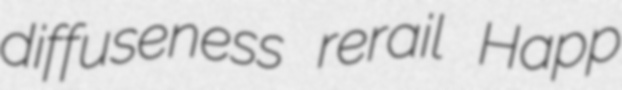
diffuseness rerail Happ